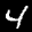
Label: 4